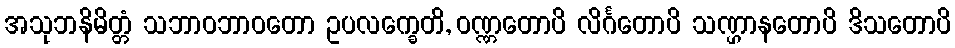
အသုဘနိမိတ္တံ သဘာဝဘာဝတော ဥပလက္ခေတိ, ဝဏ္ဏတောပိ လိင်္ဂတောပိ သဏ္ဌာနတောပိ ဒိသတောပိ